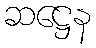
ဆဋ္ဌေန